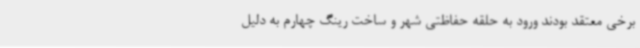
برخی معتقد بودند ورود به حلقه حفاظتی شهر و ساخت رینگ چهارم به دلیل